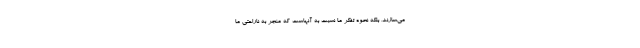
می‌سازند، بلکه نحوهٔ تفکر ما نسبت به آنهاست که منجر به ناراحتی ما